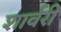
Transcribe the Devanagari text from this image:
शार्वरी